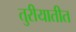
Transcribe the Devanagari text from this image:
तुरीयातीत